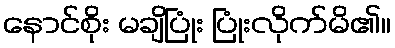
နောင်စိုး မချိပြုံး ပြုံးလိုက်မိ၏။